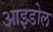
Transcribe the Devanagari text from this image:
आइडोल